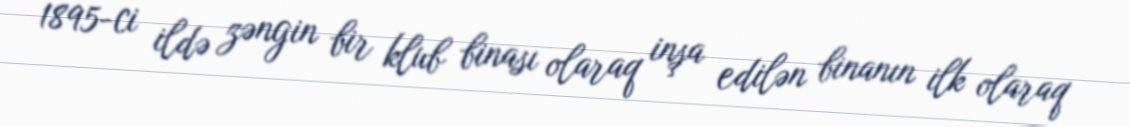
1895-ci ildə zəngin bir klub binası olaraq inşa edilən binanın ilk olaraq